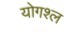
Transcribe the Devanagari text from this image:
योगश्ल